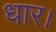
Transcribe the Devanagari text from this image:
धार।